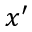
x ^ { \prime }